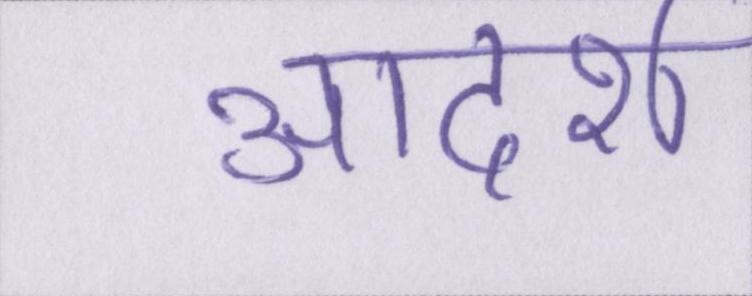
आदर्श